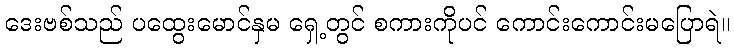
ဒေးဗစ်သည် ပထွေးမောင်နှမ ရှေ့တွင် စကားကိုပင် ကောင်းကောင်းမပြောရဲ။